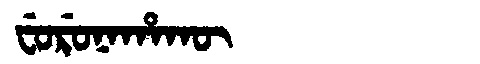
Manchu: ᠸᡠᡵᡠᠨᠠᡥᠠᡴᡡ
Romanization: FURUNAHAKŪ